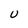
Character: U